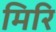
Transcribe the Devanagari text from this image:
मिरि